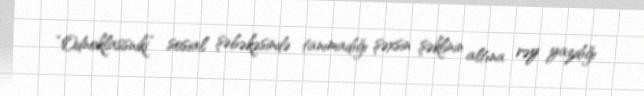
“Odnoklassniki” sosial şəbəkəsində tanımadığı şəxsin şəklinin altına rəy yazdığı